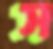
স